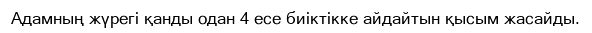
Адамның жүрегі қанды одан 4 есе биіктікке айдайтын қысым жасайды.